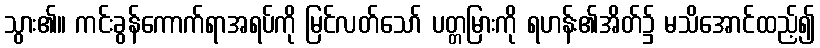
သွား၏။ ကင်းခွန်ကောက်ရာအရပ်ကို မြင်လတ်သော် ပတ္တမြားကို ရဟန်း၏အိတ်၌ မသိအောင်ထည့်၍